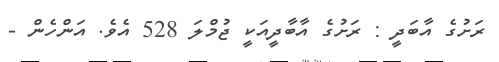
ރަށުގެ އާބަދީ : ރަށުގެ އާބާދީއަކީ ޖުމްލަ 528 އެވެ. އަންހެން -